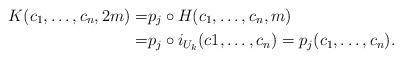
LaTeX: \begin{align*}K(c_1,\dots,c_n,2m)= &p_j \circ H (c_1,\dots,c_n,m) \\= &p_j \circ i_{U_k}(c1,\dots,c_n)=p_j(c_1,\dots,c_n).\end{align*}